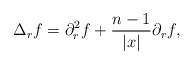
\begin{align*}\Delta_r f = \partial_r^2f + \frac{n-1}{|x|}\partial_r f,\end{align*}